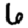
Digit: 6